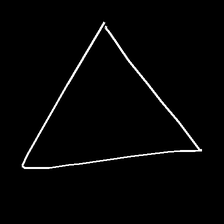
Glyph: convergence